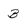
Character: B